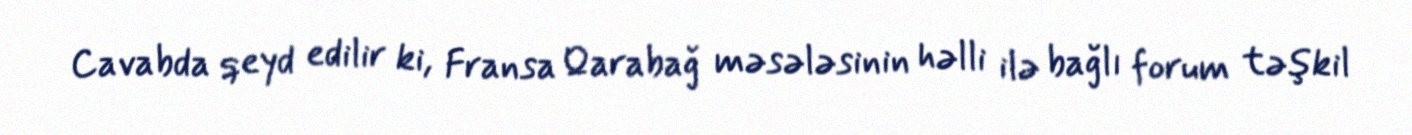
Cavabda qeyd edilir ki, Fransa Qarabağ məsələsinin həlli ilə bağlı forum təşkil